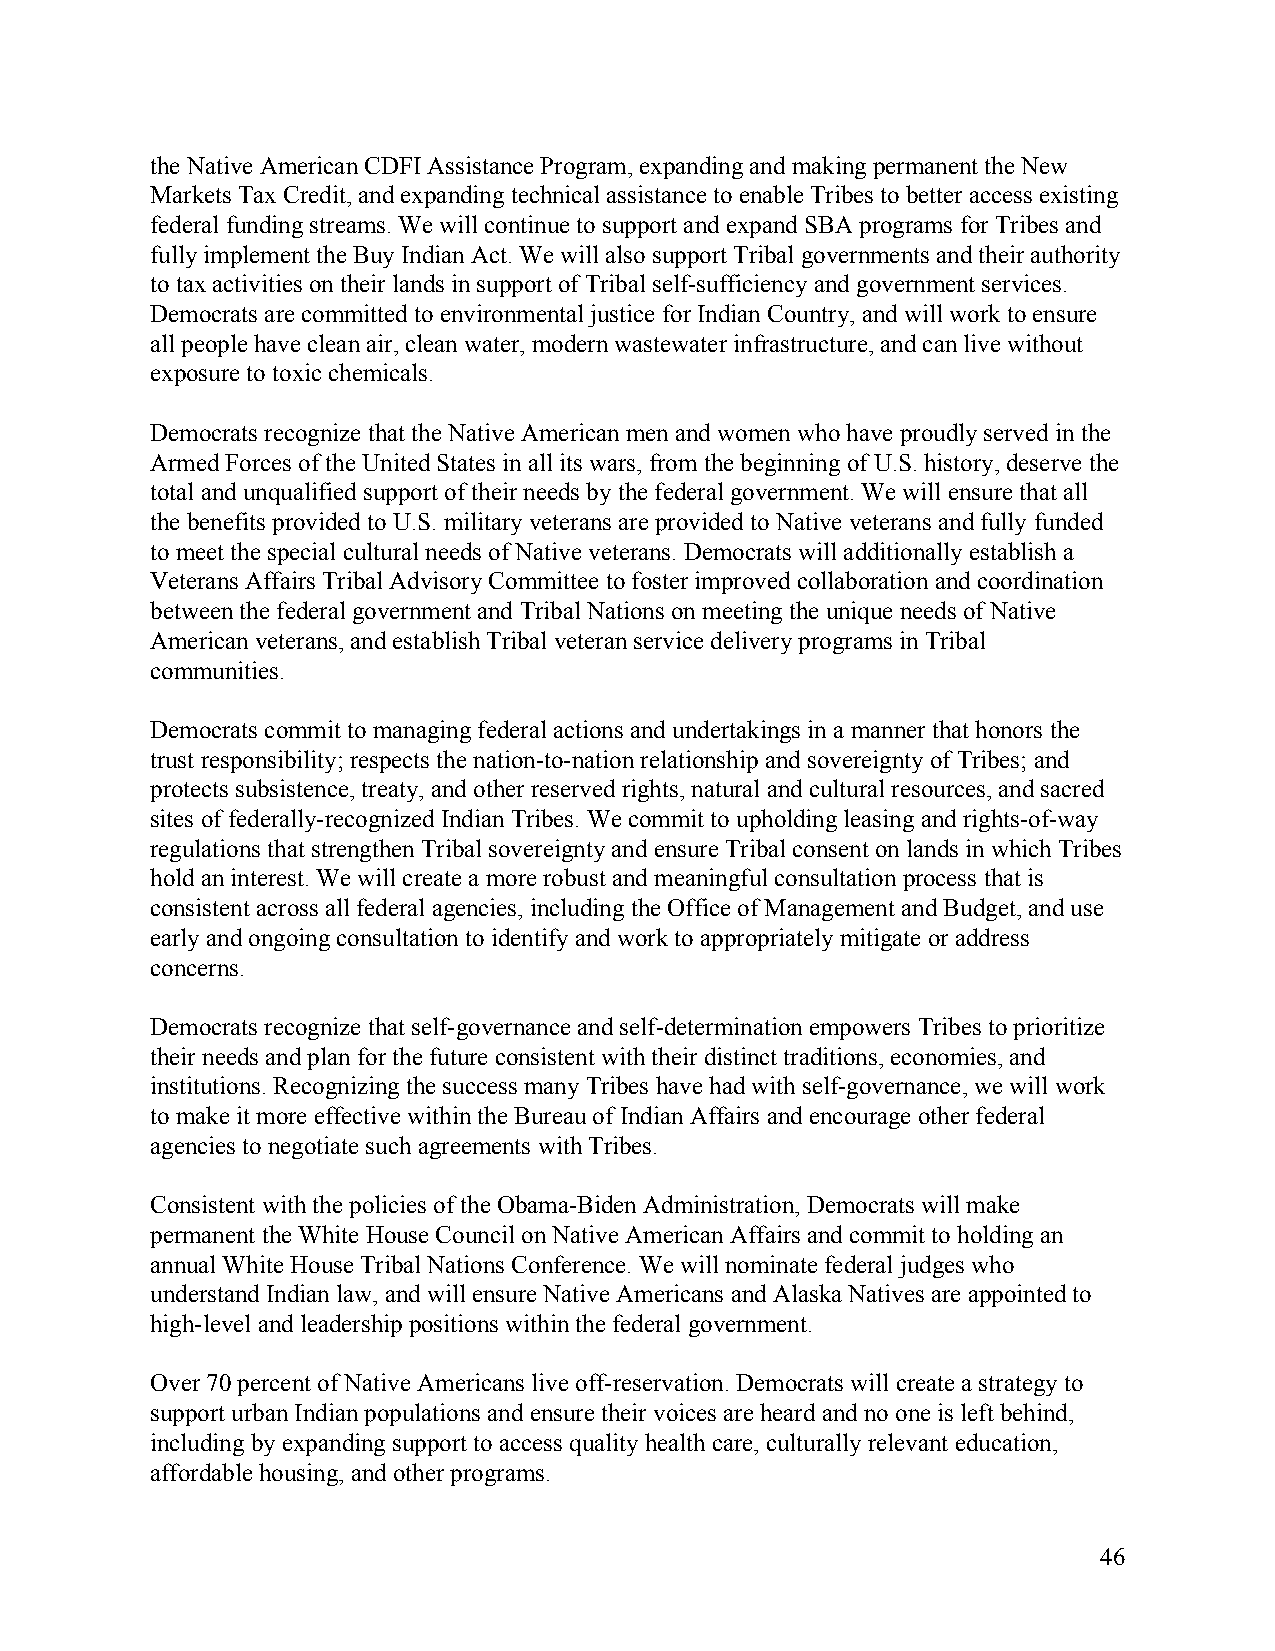
the Native American CDFI Assistance Program, expanding and making permanent the New
 Markets Tax Credit, and expanding technical assistance to enable Tribes to better access existing
 federal funding streams. We will continue to support and expand SBA programs for Tribes and
 fully implement the Buy Indian Act. We will also support Tribal governments and their authority
 to tax activities on their lands in support of Tribal self-sufficiency and government services.
 Democrats are committed to environmental justice for Indian Country, and will work to ensure
 all people have clean air, clean water, modern wastewater infrastructure, and can live without
 exposure to toxic chemicals.
 Democrats recognize that the Native American men and women who have proudly served in the
 Armed Forces of the United States in all its wars, from the beginning of U.S. history, deserve the
 total and unqualified support of their needs by the federal government. We will ensure that all
 the benefits provided to U.S. military veterans are provided to Native veterans and fully funded
 to meet the special cultural needs of Native veterans. Democrats will additionally establish a
 Veterans Affairs Tribal Advisory Committee to foster improved collaboration and coordination
 between the federal government and Tribal Nations on meeting the unique needs of Native
 American veterans, and establish Tribal veteran service delivery programs in Tribal
 communities.
 Democrats commit to managing federal actions and undertakings in a manner that honors the
 trust responsibility; respects the nation-to-nation relationship and sovereignty of Tribes; and
 protects subsistence, treaty, and other reserved rights, natural and cultural resources, and sacred
 sites of federally-recognized Indian Tribes. We commit to upholding leasing and rights-of-way
 regulations that strengthen Tribal sovereignty and ensure Tribal consent on lands in which Tribes
 hold an interest. We will create a more robust and meaningful consultation process that is
 consistent across all federal agencies, including the Office of Management and Budget, and use
 early and ongoing consultation to identify and work to appropriately mitigate or address
 concerns.
 Democrats recognize that self-governance and self-determination empowers Tribes to prioritize
 their needs and plan for the future consistent with their distinct traditions, economies, and
 institutions. Recognizing the success many Tribes have had with self-governance, we will work
 to make it more effective within the Bureau of Indian Affairs and encourage other federal
 agencies to negotiate such agreements with Tribes.
 Consistent with the policies of the Obama-Biden Administration, Democrats will make
 permanent the White House Council on Native American Affairs and commit to holding an
 annual White House Tribal Nations Conference. We will nominate federal judges who
 understand Indian law, and will ensure Native Americans and Alaska Natives are appointed to
 high-level and leadership positions within the federal government.
 Over 70 percent of Native Americans live off-reservation. Democrats will create a strategy to
 support urban Indian populations and ensure their voices are heard and no one is left behind,
 including by expanding support to access quality health care, culturally relevant education,
 affordable housing, and other programs.
 46